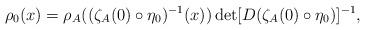
LaTeX: \begin{align*}\rho_0(x) = \rho_A((\zeta_A(0)\circ\eta_0)^{-1}(x))\det[D(\zeta_A(0)\circ\eta_0)]^{-1},\end{align*}